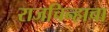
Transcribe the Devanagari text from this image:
राजचिन्हाचा